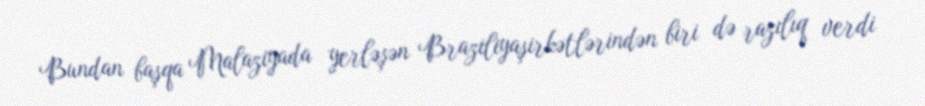
Bundan başqa Malaziyada yerləşən Braziliyaşirkətlərindən biri də razılıq verdi